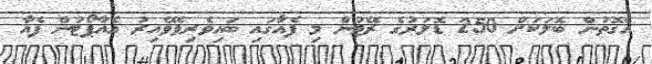
އެގޮތުން ބޮލަކަށް 250 ޑޮލަރުގެ ރޭޓުން މި ފެއާގައި ބައިވެރިވެވޭއިރު އެއާޕޯޓުން ފެއާ